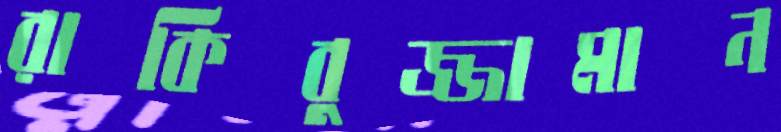
রাকিবুজ্জামান